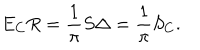
LaTeX: E _ { C } R = \frac { 1 } { \pi } S \Delta = \frac { 1 } { \pi } S _ { C } .